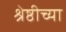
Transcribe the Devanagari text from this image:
श्रेष्ठीच्या